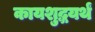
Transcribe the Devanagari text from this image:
कायशुद्धयर्थं